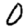
Digit: 0